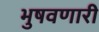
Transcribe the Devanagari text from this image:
भुषवणारी